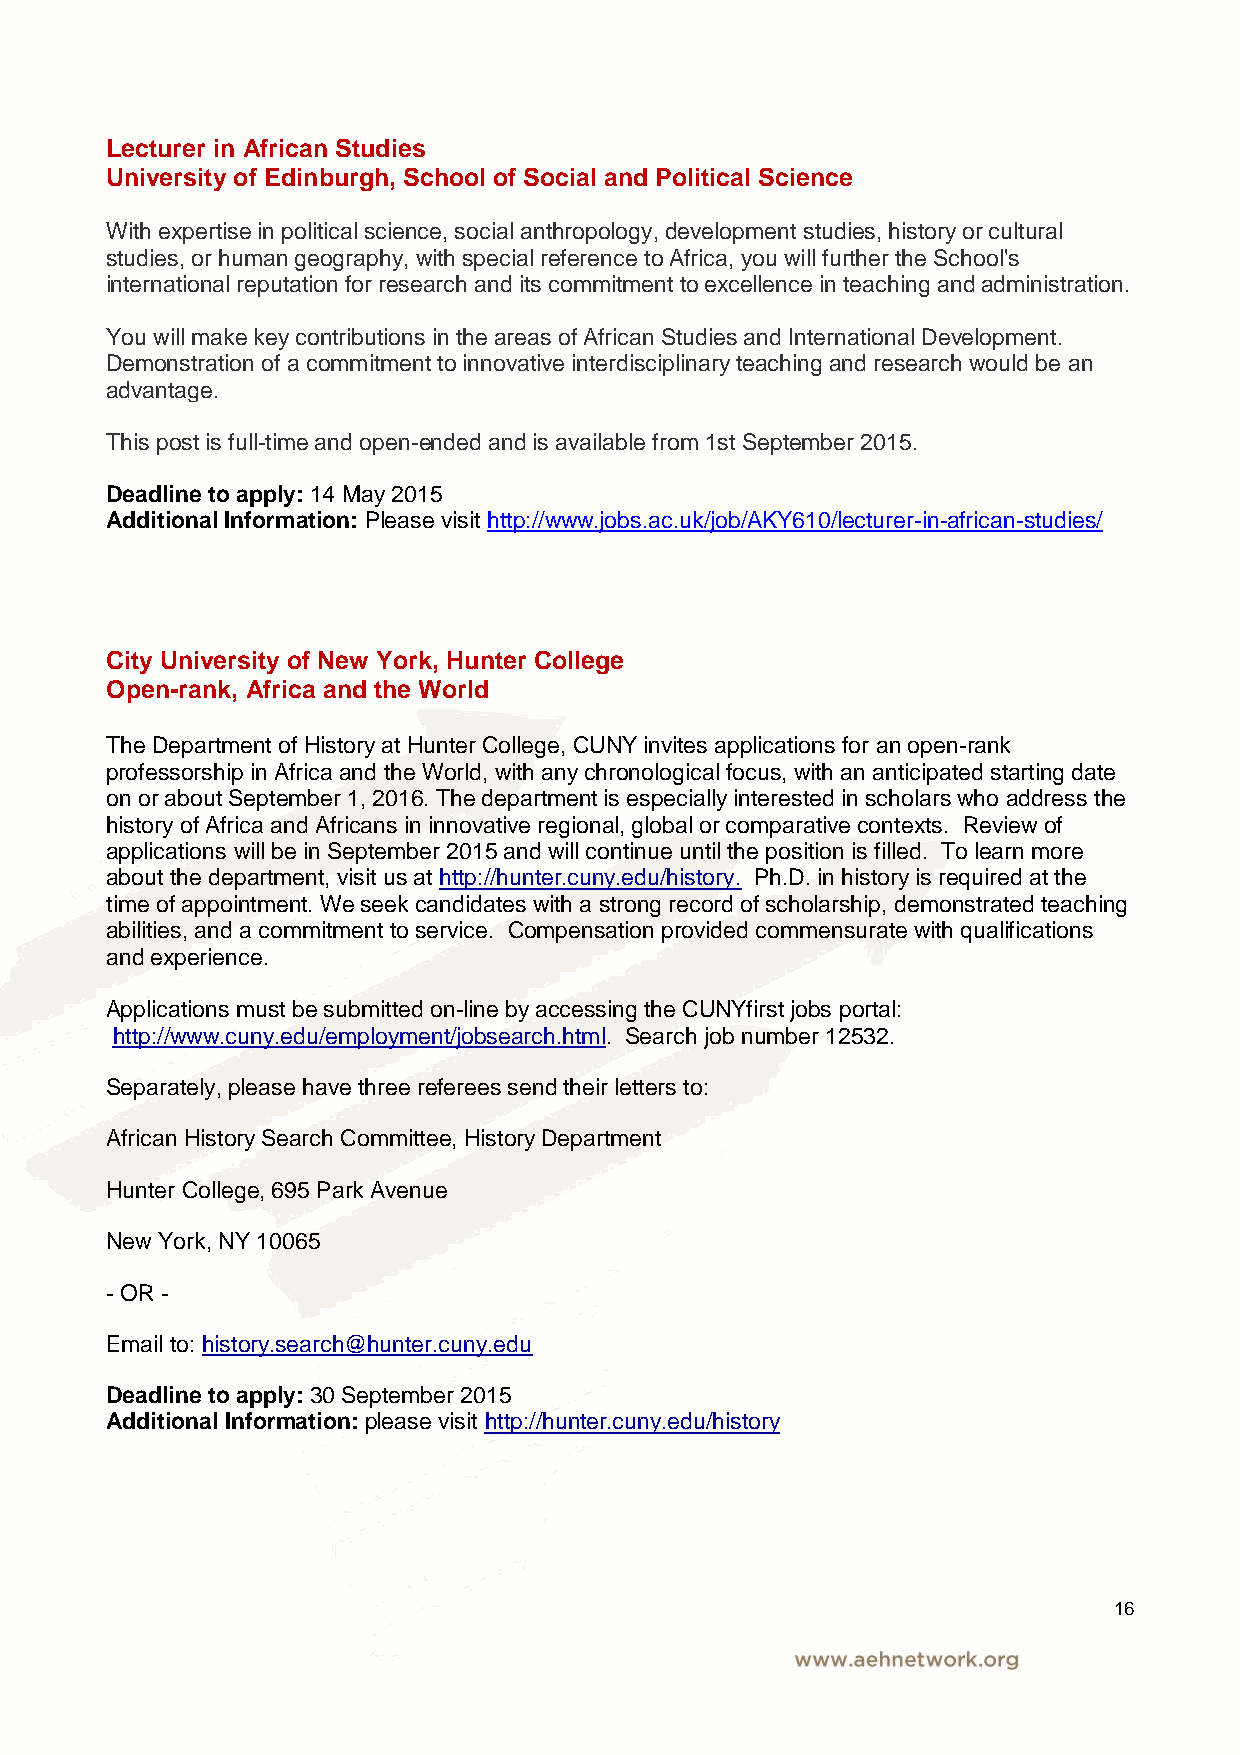
Lecturer in African Studies
 University of Edinburgh, School of Social and Political Science
 With expertise in political science, social anthropology, development studies, history or cultural
 studies, or human geography, with special reference to Africa, you will further the School's
 international reputation for research and its commitment to excellence in teaching and administration.
 You will make key contributions in the areas of African Studies and International Development.
 Demonstration of a commitment to innovative interdisciplinary teaching and research would be an
 advantage.
 This post is full-time and open-ended and is available from 1st September 2015.
 Deadline to apply: 14 May 2015
 Additional Information: Please visit http://www.jobs.ac.uk/job/AKY610/lecturer-in-african-studies/
 City University of New York, Hunter College
 Open-rank, Africa and the World
 The Department of History at Hunter College, CUNY invites applications for an open-rank
 professorship in Africa and the World, with any chronological focus, with an anticipated starting date
 on or about September 1, 2016. The department is especially interested in scholars who address the
 history of Africa and Africans in innovative regional, global or comparative contexts. Review of
 applications will be in September 2015 and will continue until the position is filled. To learn more
 about the department, visit us at http://hunter.cuny.edu/history. Ph.D. in history is required at the
 time of appointment. We seek candidates with a strong record of scholarship, demonstrated teaching
 abilities, and a commitment to service. Compensation provided commensurate with qualifications
 and experience.
 Applications must be submitted on-line by accessing the CUNYfirst jobs portal:
 http://www.cuny.edu/employment/jobsearch.html. Search job number 12532.
 Separately, please have three referees send their letters to:
 African History Search Committee, History Department
 Hunter College, 695 Park Avenue
 New York, NY 10065
 - OR -
 Email to: history.search@hunter.cuny.edu
 Deadline to apply: 30 September 2015
 Additional Information: please visit http://hunter.cuny.edu/history
 16